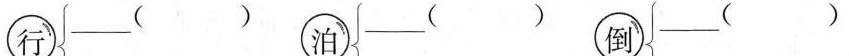
行 ___（）泊 ___（）倒 ___（）